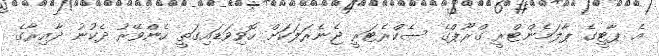
އެ ޕާޓީގެ ޕާލަމެންޓްރީ ގްރޫޕްގެ ސެކްރެޓަރީ ޖެނެރަލަކަށް ހޮވިވަޑައިގަތީ ހެންވޭރު ދެކުނު ދާއިރާގެ